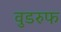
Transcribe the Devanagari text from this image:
वुडरुफ